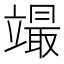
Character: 𥪳